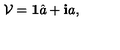
\mathcal { V } = { \mathrm { \bf 1 } } \hat { a } + { \mathrm { \bf i } } a ,